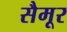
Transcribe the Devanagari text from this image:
सैमूर